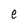
Character: e